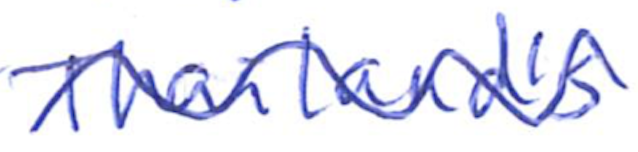
Text: Thailand's
Cross-out: wave
Writing tool: ballpoint